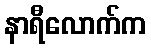
နာရီလောက်က